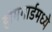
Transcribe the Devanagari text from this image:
होमगार्डमध्ये